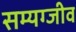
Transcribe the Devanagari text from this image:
सम्यग्जीव